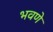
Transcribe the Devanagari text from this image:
भवणे